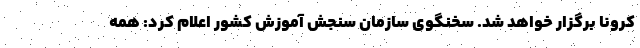
کرونا برگزار خواهد شد. سخنگوی سازمان سنجش آموزش کشور اعلام کرد: همه